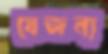
যেজন্য